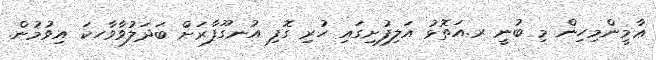
ޢާމީންމިހިން މި ބުނީ ރ.އަތޮޅު އަލިފުށިގައި ހުރި ގޮފި އުނގޫފާރަށް ބަދަލުވާވާހކަ އިވުމުން.